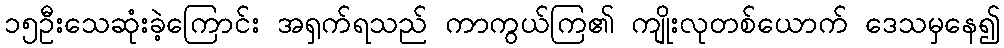
၁၅ဦးသေဆုံးခဲ့ကြောင်း အရှက်ရသည် ကာကွယ်ကြ၏ ကျိုးလုတစ်ယောက် ဒေသမှနေ၍